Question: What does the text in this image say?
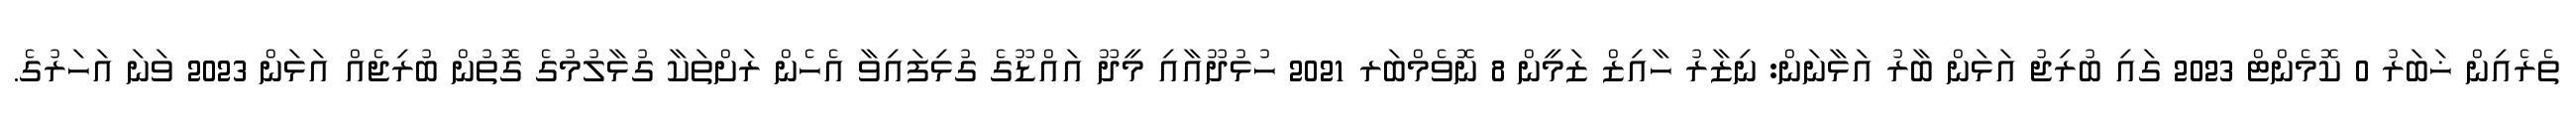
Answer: ތެރެއިން ޚަބަރު 0 ކޮމެންޓް 2023 ގައި ބުރިޖު އަޅަން ބާރު އަޅާނަން: ނިޒާރު ހާއިޒް ޒަމީން 8 ނޮވެމްބަރ 2021 ހުޅުދޫއާއި މީދޫ އައްޑޫގެ ގުޅިފައިވާ އެހެން ރަށްތަކާ ގުޅާލުމުގެ ގޮތުން ބުރިޖެއް އަޅަން 2023 ވަނަ އަހަރުގެ.